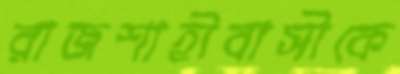
রাজশাহীবাসীকে